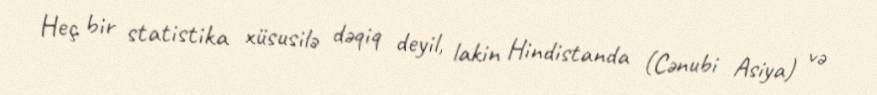
Heç bir statistika xüsusilə dəqiq deyil, lakin Hindistanda (Cənubi Asiya) və